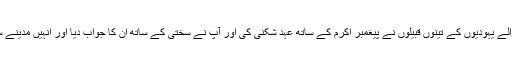
مدینہ میں رہنے والے یہودیوں کے تینوں قبیلوں نے پیغمبر اکرم کے ساتھ عہد شکنی کی اور آپ نے سختی کے ساتھ ان کا جواب دیا اور انہیں مدینے سے نکال باہر کیا۔